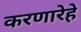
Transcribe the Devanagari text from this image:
करणारेहे